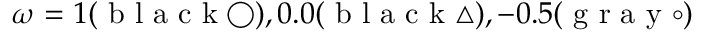
\omega = 1 ( \mathrm { ~ b ~ l ~ a ~ c ~ k ~ } \bigcirc ) , 0 . 0 ( \mathrm { ~ b ~ l ~ a ~ c ~ k ~ } \bigtriangleup ) , - 0 . 5 ( \mathrm { ~ g ~ r ~ a ~ y ~ } \circ )